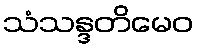
သံသန္ဒတိမေဝ